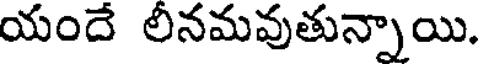
యందే లీనమవుతున్నాయి.